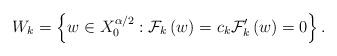
LaTeX: \begin{align*}W_{k}=\left\{ w\in X_{0}^{\alpha/2}:\mathcal{F}_{k}\left( w\right)=c_{k}\mathcal{F}_{k}^{\prime}\left( w\right) =0\right\} .\end{align*}